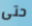
حتى